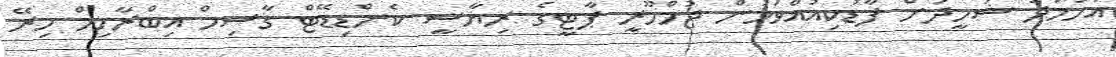
އަހުމަދު ޝަހީދަށް ފާޑުކިއުއްވަމުން ޖުމްހޫރީ ޕާޓީގެ ރިޔާސީ ކެންޑިޑޭޓް ގާސިމް އިބްރާހިމް މިރޭ